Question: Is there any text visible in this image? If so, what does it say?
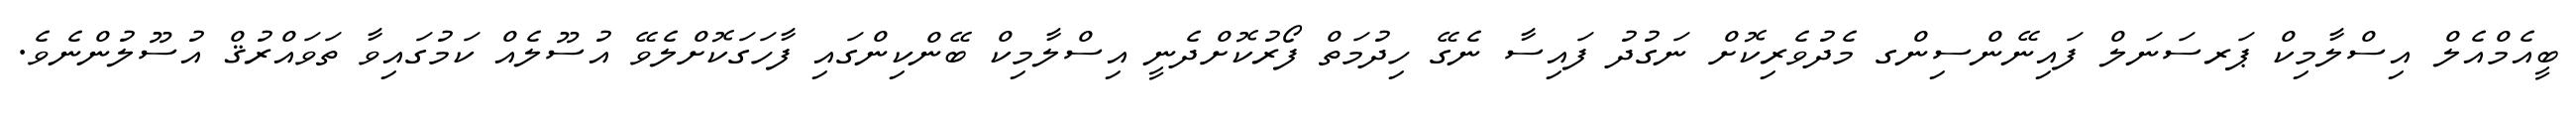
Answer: ބީއެމްއެލް އިސްލާމިކް ޕަރސަނަލް ފައިނޭންސިންގ މެދުވެރިކޮށް ނަގުދު ފައިސާ ނެގޭ ހިދުމަތް ފޯރުކޮށްދެނީ އިސްލާމިކް ބޭންކިންގައި ފާހަގަކޮށްލެވޭ އުސޫލެއް ކަމުގައިވާ ތަވައްރުޤް އުސޫލުންނެވެ.